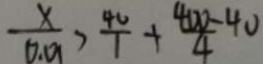
\frac { x } { 0 . 0 1 } > \frac { 4 0 } { 1 } + \frac { 4 0 0 - 4 0 } { 4 }